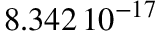
8 . 3 4 2 \, { 1 0 } ^ { - 1 7 }